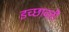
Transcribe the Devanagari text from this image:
इच्छावती